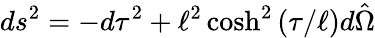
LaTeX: ds^{2}=-d\tau^{2}+\ell^{2}\cosh^{2}\left(\tau/\ell\right)d\hat{\Omega}